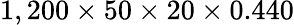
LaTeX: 1,200\times 50\times 20\times 0.440